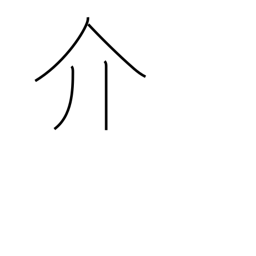
Meaning: mediate